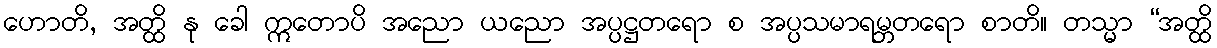
ဟောတိ, အတ္ထိ နု ခေါ ဣတောပိ အညော ယညော အပ္ပဋ္ဌတရော စ အပ္ပသမာရမ္ဘတရော စာတိ။ တသ္မာ “အတ္ထိ